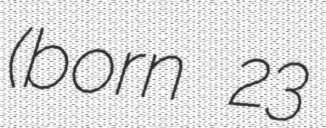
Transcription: (born 23